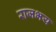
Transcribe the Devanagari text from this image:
राजभय